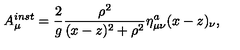
A _ { \mu } ^ { i n s t } = \frac { 2 } { g } \frac { \rho ^ { 2 } } { ( x - z ) ^ { 2 } + \rho ^ { 2 } } \eta _ { \mu \nu } ^ { a } ( x - z ) _ { \nu } ,